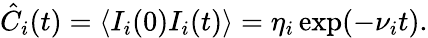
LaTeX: \hat{C}_{i}(t)=\langle I_{i}(0)I_{i}(t)\rangle=\eta_{i}\exp(-\nu_{i}t).